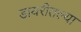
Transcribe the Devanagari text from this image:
डायरीतल्या